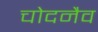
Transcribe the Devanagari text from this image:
चोदनैव